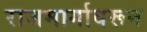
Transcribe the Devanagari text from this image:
राजमार्गावरून